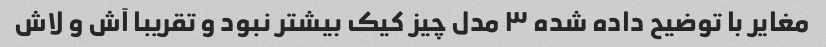
مغایر با توضیح داده شده ۳ مدل چیز کیک بیشتر نبود و تقریبا آش و لاش